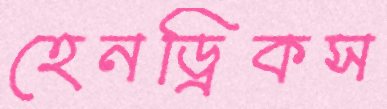
হেনড্রিকস